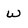
Character: W